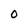
Character: 0